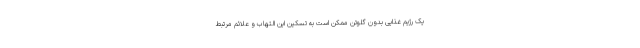
یک رژیم غذایی بدون گلوتن ممکن است به تسکین این التهاب و علائم مرتبط